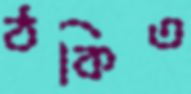
ঠকিত